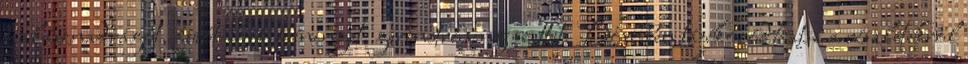
halásznadrágot, futótrikót, tréninget, gerinctréning szettet. Bővebben tájékozódhatsz a részletekről